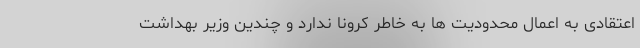
اعتقادی به اعمال محدودیت ها به خاطر کرونا ندارد و چندین وزیر بهداشت